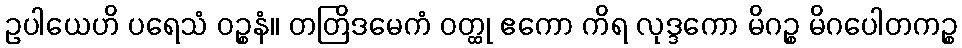
ဥပါယေဟိ ပရေသံ ဝဉ္စနံ။ တတြိဒမေကံ ဝတ္ထု ဧကော ကိရ လုဒ္ဒကော မိဂဉ္စ မိဂပေါတကဉ္စ